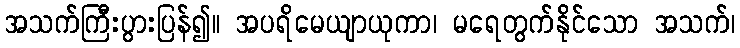
အသက်ကြီးပွားပြန်၍။ အပရိမေယျာယုကာ၊ မရေတွက်နိုင်သော အသက်၊